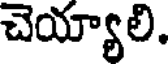
చెయ్యాలి.